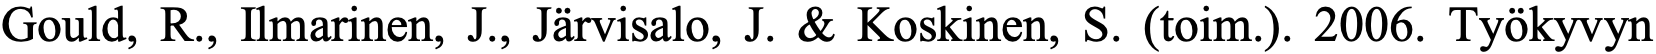
Gould, R., Ilmarinen, J., Järvisalo, J. & Koskinen, S. (toim.). 2006. Työkyvyn